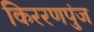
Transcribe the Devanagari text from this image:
किररणपुंज